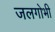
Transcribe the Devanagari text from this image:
जलगोभी